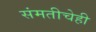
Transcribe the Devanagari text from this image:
संमतीचेही